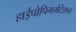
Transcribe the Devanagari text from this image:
हाईपोपिगमेंटेशन